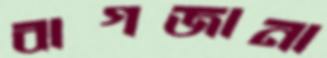
বাগজানা